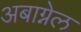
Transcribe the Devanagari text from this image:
अबाग्नेल